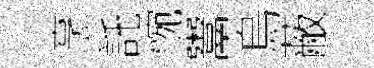
烹託惋鬻烏蔽